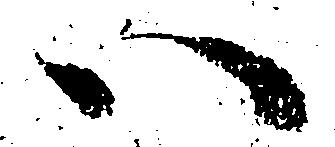
い